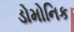
ડોમોનિક